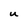
Character: u